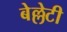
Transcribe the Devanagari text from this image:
बेल्लेटी